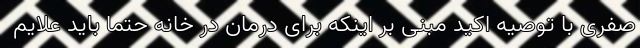
صفری با توصیه اکید مبنی بر اینکه برای درمان در خانه حتما باید علایم